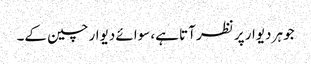
جو ہر دیوار پر نظر آتا ہے، سوائے دیوار چین کے۔